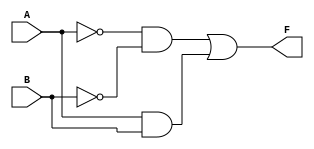
module two_variable_kmap (
    input wire A,     // First binary input
    input wire B,     // Second binary input
    output wire F     // Output boolean function
);

// K-map implementation
assign F = (~A & ~B) | (A & B); // Example: F = A'B' + AB

endmodule